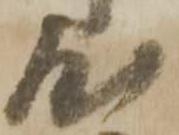
屋